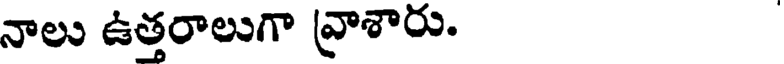
నాలు ఉత్తరాలుగా వ్రాశారు.